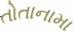
તોતાનામા